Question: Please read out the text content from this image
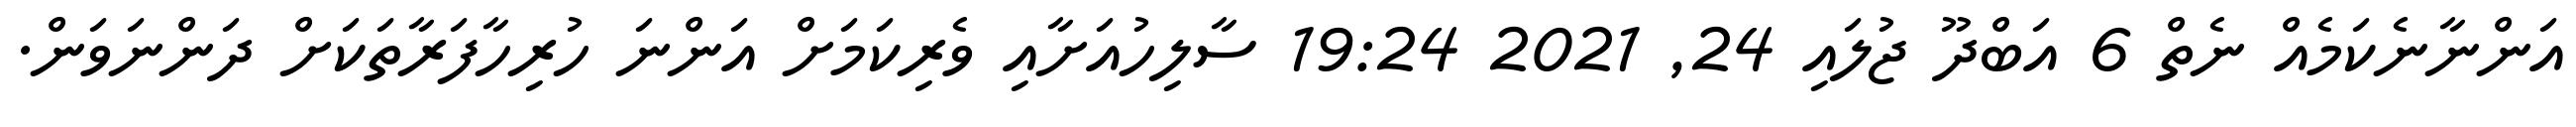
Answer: އަންނާނެކަމެއް ނެތް 6 އަބްދޫ ޖުލައި 24, 2021 19:24 ސާލިހުއަށާއި ވެރިކަމަށް އަންނަ ހުރިހާފަރާތަކަށް ދަންނަވަން.